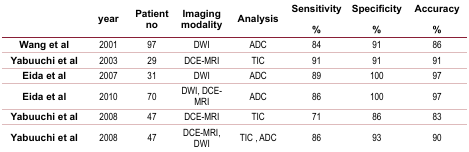
<table><thead><tr><td></td><td><b>year</b></td><td><b>Patient no</b></td><td><b>Imaging modality</b></td><td><b>Analysis</b></td><td><b>Sensitivity%</b></td><td><b>Specificity%</b></td><td><b>Accuracy%</b></td></tr></thead><tbody><tr><td><b>Wang et al</b></td><td> 2001 </td><td> 97 </td><td> DWI </td><td> ADC </td><td> 84 </td><td> 91 </td><td> 86 </td></tr><tr><td><b>Yabuuchi et al</b></td><td> 2003 </td><td> 29 </td><td> DCE-MRI </td><td> TIC </td><td> 91 </td><td> 91 </td><td> 91 </td></tr><tr><td><b>Eida et al</b></td><td> 2007 </td><td> 31 </td><td> DWI </td><td> ADC </td><td> 89 </td><td> 100 </td><td> 97 </td></tr><tr><td><b>Eida et al</b></td><td> 2010 </td><td> 70 </td><td> DWI, DCE-MRI </td><td> ADC </td><td> 86 </td><td> 100 </td><td> 97 </td></tr><tr><td><b>Yabuuchi et al</b></td><td> 2008 </td><td> 47 </td><td> DCE-MRI </td><td> TIC </td><td> 71 </td><td> 86 </td><td> 83 </td></tr><tr><td><b>Yabuuchi et al</b></td><td> 2008 </td><td> 47 </td><td> DCE-MRI, DWI </td><td> TIC , ADC </td><td> 86 </td><td> 93 </td><td> 90 </td></tr></tbody></table>